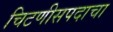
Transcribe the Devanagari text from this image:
चिटणीसपदाचा